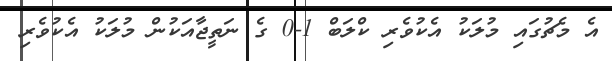
އެ މެޗުގައި މުލަކު އެކުވެރި ކްލަބް 1-0 ގެ ނަތީޖާއަކުން މުލަކު އެކުވެރި